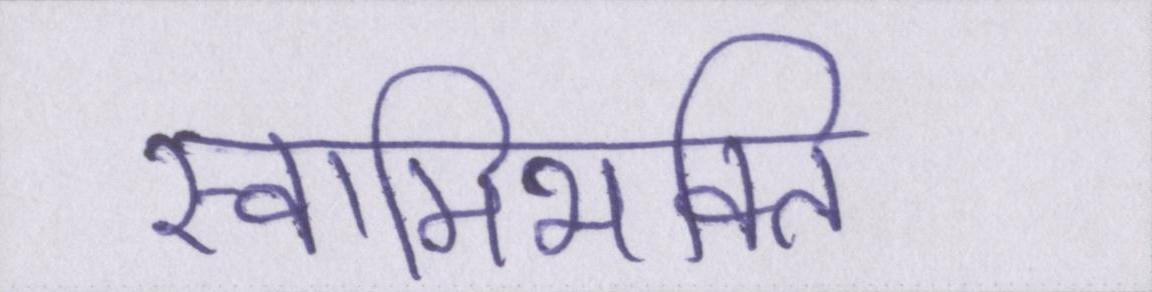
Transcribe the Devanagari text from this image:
स्वामिभक्ति